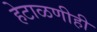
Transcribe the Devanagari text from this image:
हेटाळणीही